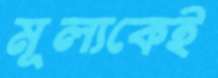
মূল্যকেই